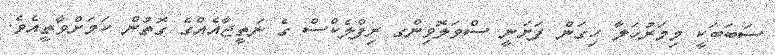
ސަބަބަކީ މިމަރުހަލާ ހިގަން ފަށަނީ ސްވަލޮވިންގ ރިފްލެކްސް ގެ ނަތީޖާއެއްގެ ގޮތުން ކަމަށްވާތީއެވެ.